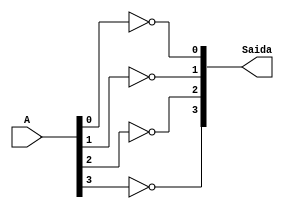
//----------------------------
// Nome: Silvino Henrique Santos de Souza
// Matrcula: 412773
//----------------------------


//----------------------------
//------ Guia 06 - 03---------
//----------------------------

// -- Complemento de 1 -

module complemento1 (Saida, A);
input [3:0]A;
output [3:0]Saida;

not NOT1 (Saida[0], A[0]);
not NOT2 (Saida[1], A[1]);
not NOT3 (Saida[2], A[2]);
not NOT4 (Saida[3], A[3]);

endmodule //  fim complemento1

// --- Teste ---

module teste;

reg  [3:0]A;
reg  [3:0]B;
wire [3:0]Complemento;

complemento1 C(Complemento, A);

// parte principal
   initial begin
	   $display("Guia 06- 03");
		$display("Silvino Henrique Santos de Souza - 412773");
      $display("~~~~ALU~~~~");
      $display(" Complemento A  ");

		A = 0;
		B = 0;
  		while(A != 15)
		  begin
		    A = (B == 0)? A : A + 1;
			 B = 0;
  #1      $display("%b ",Complemento);
			 while(B != 15)
			   begin
				  B = B + 1;
  #1              $display("%b ",Complemento);
		      end
		  end
  end



endmodule // fim teste

// OBS.: ERA PARA CALCULAR CARRY, OVERFLOW E ZERO!